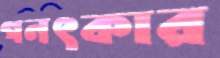
গনৎকার